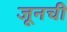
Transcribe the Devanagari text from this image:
जूनची